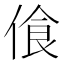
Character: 𠋡